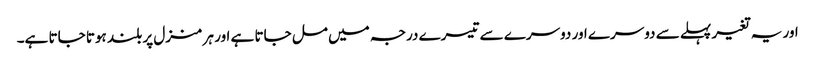
اور یہ تغیر پہلے سے دوسرے اور دوسرے سے تیسرے درجہ میں مل جاتا ہے اور ہر منزل پر بلند ہوتا جاتا ہے۔